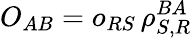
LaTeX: O_{AB}=o_{RS}\, \rho_{S,R}^{BA}